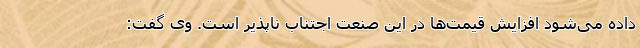
داده می‌شود افزایش قیمت‌ها در این صنعت اجتناب ناپذیر است. وی گفت: